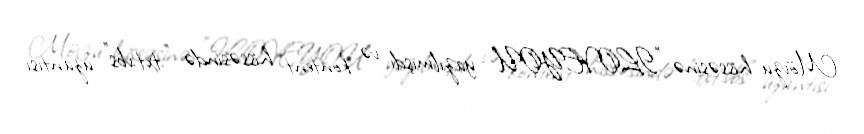
Mövzu hissəsinə "ILOVEYOU" yazılmışdı və kontent hissəsində ".txt.vbs" uzantısı